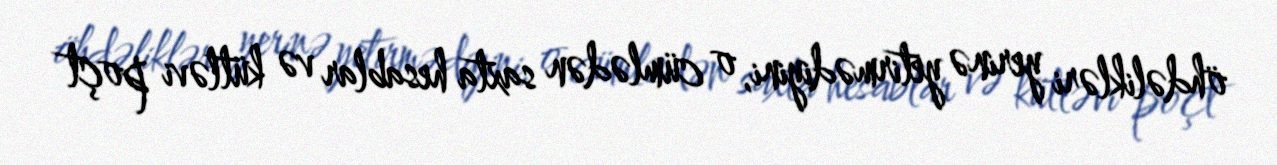
öhdəlikləri yerinə yetirmədiyini, o cümlədən saxta hesablar və kütləvi poçt